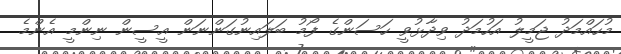
މުހައްމަދު ޖަމީލު އަހުމަދު ވިދާޅުވީ ހަސަންގެ ފޯމު ބަލައިނުގަންނަން އީސީން ނިންމީ އެންމެ